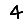
Digit: 4